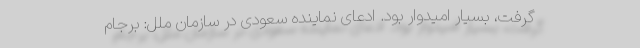
گرفت، بسیار امیدوار بود. ادعای نماینده سعودی در سازمان ملل: برجام